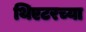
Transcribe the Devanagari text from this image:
थिएटरच्या